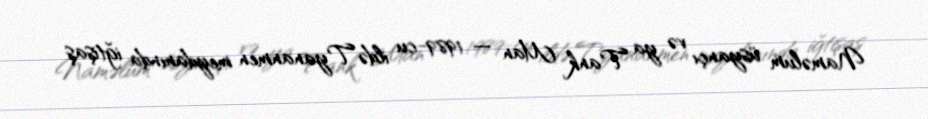
Naməlum üsyançı və ya Tank Man — 1989-cu ildə Tyananmen meydanında iğtişaş